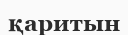
қаритын